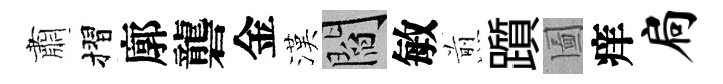
肅摺廓礱金漢閻敏煎躓圗痒扃